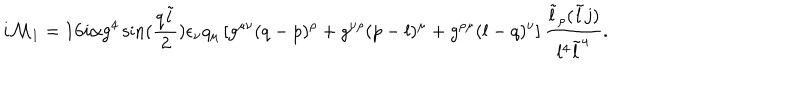
i { \cal { M } } _ { 1 } = 1 6 i \alpha g ^ { 4 } \sin ( { \frac { q \tilde { l } } { 2 } } ) \epsilon _ { \nu } q _ { \mu } \left[ g ^ { \mu \nu } ( q - p ) ^ { \rho } + g ^ { \nu \rho } ( p - l ) ^ { \mu } + g ^ { \rho \mu } ( l - q ) ^ { \nu } \right] { \frac { \tilde { l } _ { \rho } ( \tilde { l } j ) } { l ^ { 4 } \tilde { l } ^ { 4 } } } .